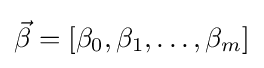
{\vec {\beta }}=\left[\beta _{0},\beta _{1},\ldots ,\beta _{m}\right]